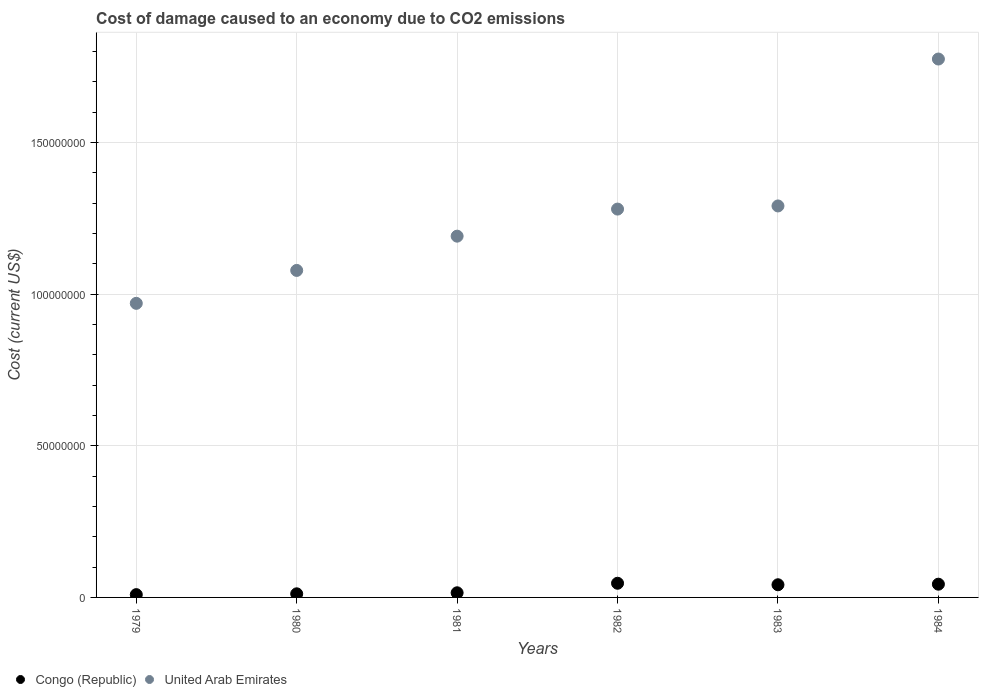
| Years | Congo (Republic) | United Arab Emirates |
 | --- | --- | --- |
 | 1979 | 9.23e+05 | 9.7e+07 |
 | 1980 | 1.19e+06 | 1.08e+08 |
 | 1981 | 1.53e+06 | 1.19e+08 |
 | 1982 | 4.67e+06 | 1.28e+08 |
 | 1983 | 4.18e+06 | 1.29e+08 |
 | 1984 | 4.36e+06 | 1.78e+08 |